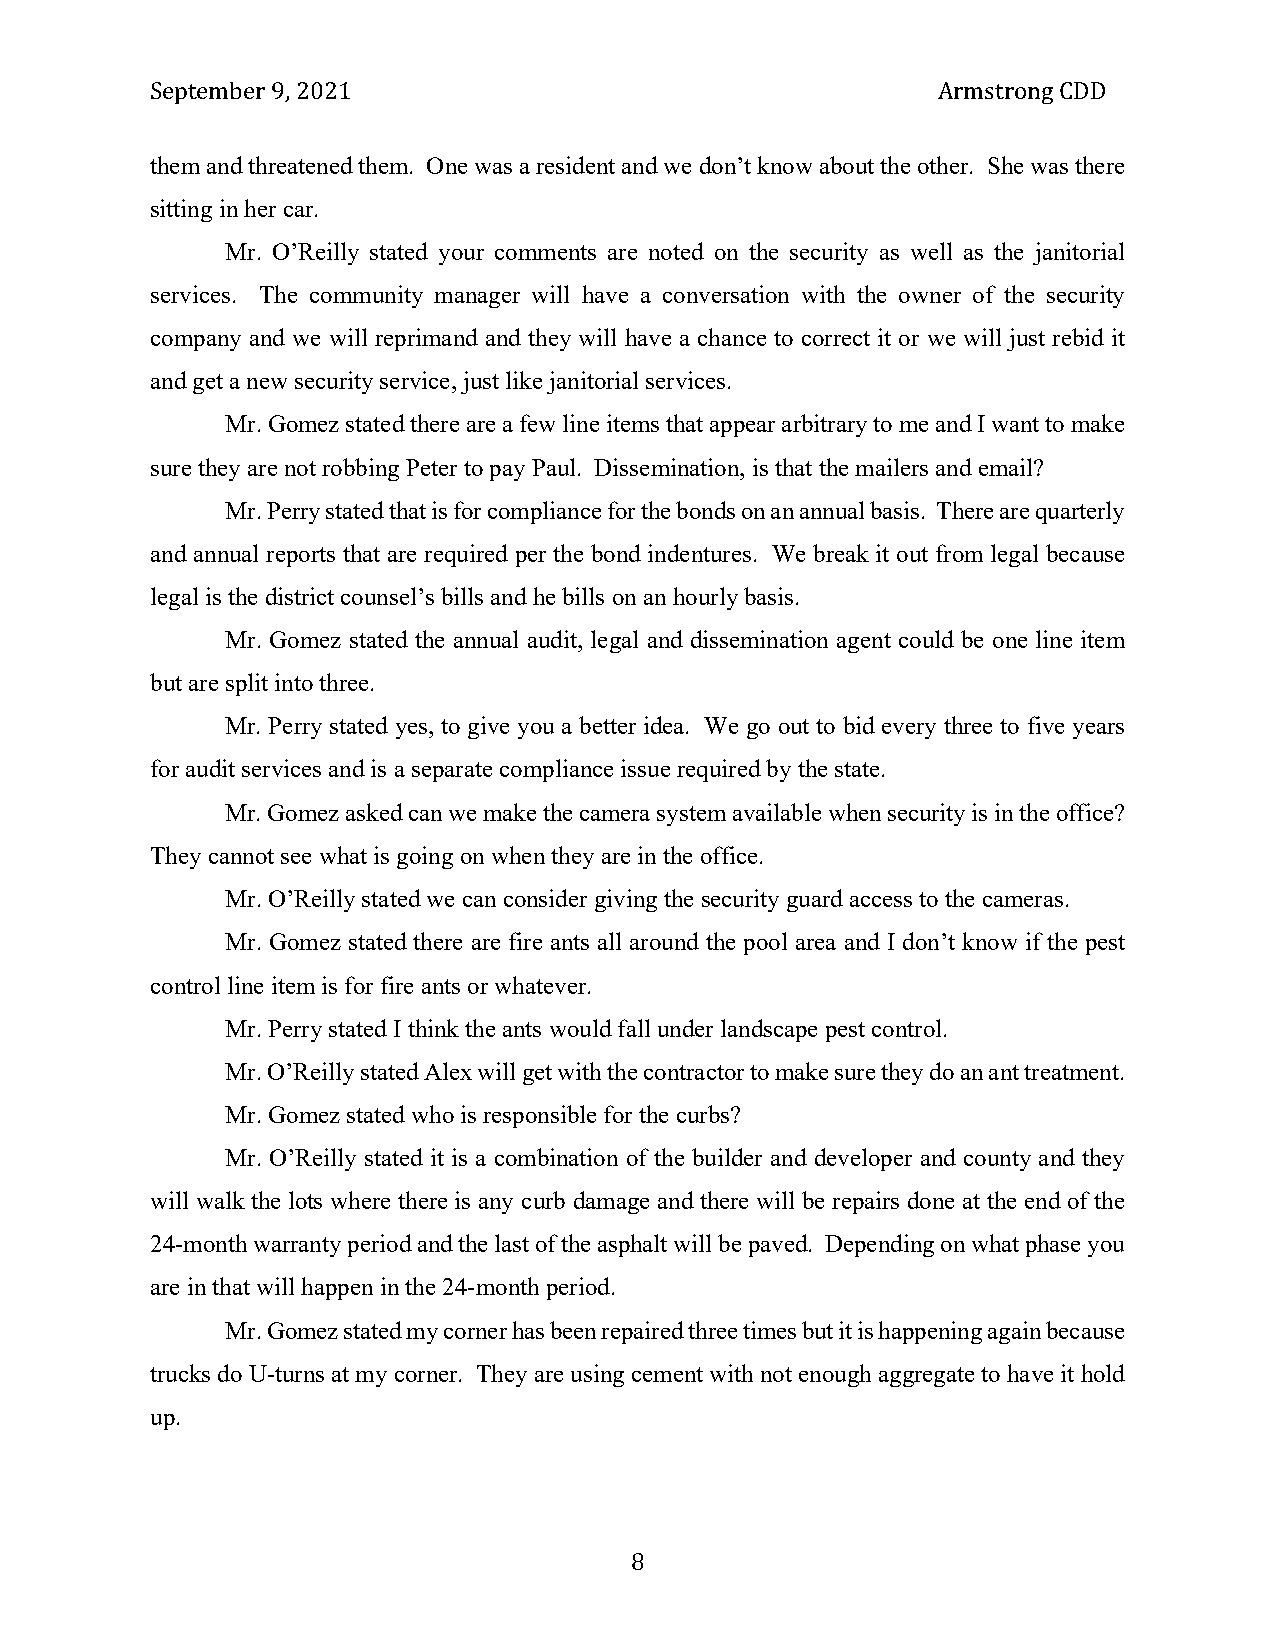
September 9, 2021                                   Armstrong CDD
 them and threatened them. One was a resident and we don’t know about the other. She was there
 sitting in her car.
 Mr. O’Reilly stated your comments are noted on the security as well as the janitorial
 services. The community manager will have a conversation with the owner of the security
 company and we will reprimand and they will have a chance to correct it or we will just rebid it
 and get a new security service, just like janitorial services.
 Mr. Gomez stated there are a few line items that appear arbitrary to me and I want to make
 sure they are not robbing Peter to pay Paul. Dissemination, is that the mailers and email?
 Mr. Perry stated that is for compliance for the bonds on an annual basis. There are quarterly
 and annual reports that are required per the bond indentures. We break it out from legal because
 legal is the district counsel’s bills and he bills on an hourly basis.
 Mr. Gomez stated the annual audit, legal and dissemination agent could be one line item
 but are split into three.
 Mr. Perry stated yes, to give you a better idea. We go out to bid every three to five years
 for audit services and is a separate compliance issue required by the state.
 Mr. Gomez asked can we make the camera system available when security is in the office?
 They cannot see what is going on when they are in the office.
 Mr. O’Reilly stated we can consider giving the security guard access to the cameras.
 Mr. Gomez stated there are fire ants all around the pool area and I don’t know if the pest
 control line item is for fire ants or whatever.
 Mr. Perry stated I think the ants would fall under landscape pest control.
 Mr. O’Reilly stated Alex will get with the contractor to make sure they do an ant treatment.
 Mr. Gomez stated who is responsible for the curbs?
 Mr. O’Reilly stated it is a combination of the builder and developer and county and they
 will walk the lots where there is any curb damage and there will be repairs done at the end of the
 24-month warranty period and the last of the asphalt will be paved. Depending on what phase you
 are in that will happen in the 24-month period.
 Mr. Gomez stated my corner has been repaired three times but it is happening again because
 trucks do U-turns at my corner. They are using cement with not enough aggregate to have it hold
 up.
 8